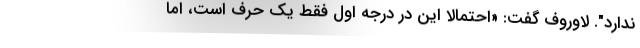
ندارد". لاوروف گفت: «احتمالاً این در درجه اول فقط یک حرف است، اما